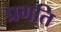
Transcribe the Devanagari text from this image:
प्रगति